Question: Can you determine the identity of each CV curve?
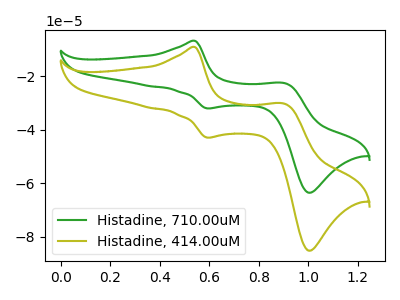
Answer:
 <answer>The green curve is labeled "Histadine, 710.00uM". The olive curve is labeled "Histadine, 414.00uM".</answer>
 <eval></eval>